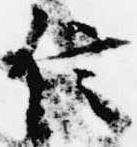
信